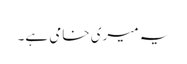
یہ میری خامی ہے۔